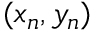
( x _ { n } , y _ { n } )